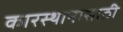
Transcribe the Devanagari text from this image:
कारस्थानासाठी